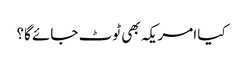
کیا امریکہ بھی ٹوٹ جائے گا؟